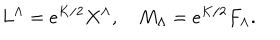
L ^ { \Lambda } = e ^ { K / 2 } X ^ { \Lambda } , \quad M _ { \Lambda } = e ^ { K / 2 } F _ { \Lambda } .